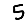
Digit: 5